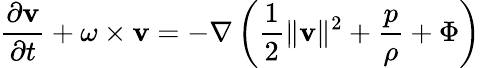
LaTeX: {\frac{\partial{\mathbf{v}}}{\partial t}}+\omega\times{\mathbf{v}}=-\nabla\left({\frac{1}{2}}\| {\mathbf{v}}\| ^{2}+{\frac{p}{\rho}}+\Phi\right)